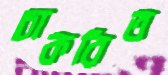
চাকরিত